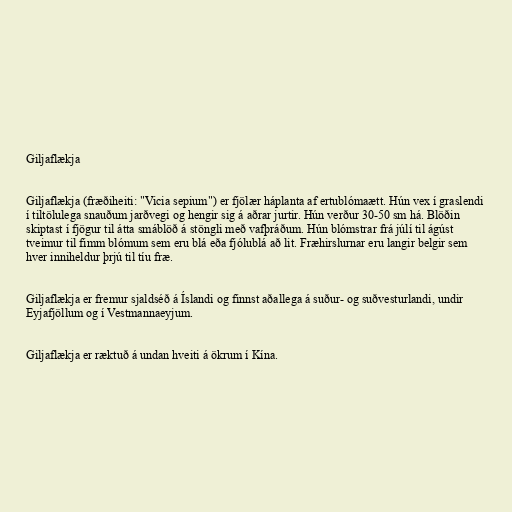
Giljaflækja

Giljaflækja (fræðiheiti: "Vicia sepium") er fjölær háplanta af ertublómaætt. Hún vex í graslendi
í tiltölulega snauðum jarðvegi og hengir sig á aðrar jurtir. Hún verður 30-50 sm há. Blöðin
skiptast í fjögur til átta smáblöð á stöngli með vafþráðum. Hún blómstrar frá júlí til ágúst
tveimur til fimm blómum sem eru blá eða fjólublá að lit. Fræhirslurnar eru langir belgir sem
hver inniheldur þrjú til tíu fræ.

Giljaflækja er fremur sjaldséð á Íslandi og finnst aðallega á suður- og suðvesturlandi, undir
Eyjafjöllum og í Vestmannaeyjum.

Giljaflækja er ræktuð á undan hveiti á ökrum í Kína.